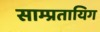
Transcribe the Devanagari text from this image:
साम्प्रतायिग